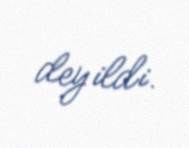
deyildi.